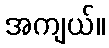
အကျယ်။